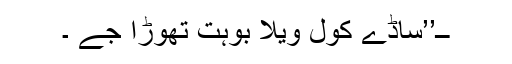
ــ’’ساڈے کول ویلا بوہت تھوڑا جے ۔